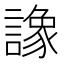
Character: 𧬛